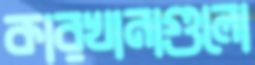
কারখানাগুলো